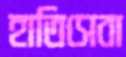
হাতিসেবা